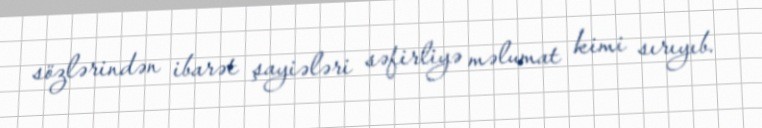
sözlərindən ibarət şayiələri səfirliyə məlumat kimi sırıyıb.